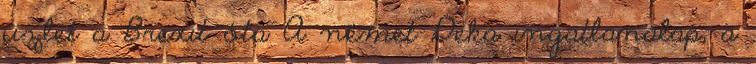
üzlet a Brexit óta A német Deka ingatlanalap, a